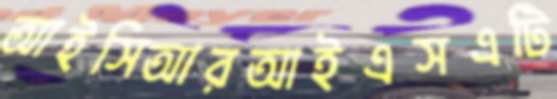
আইসিআরআইএসএটি